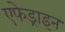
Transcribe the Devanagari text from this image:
एफेड्राइन